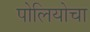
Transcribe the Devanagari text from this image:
पोलियोचा